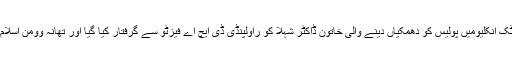
اسلام آباد میں ڈپلومیٹک انکلیومیں پولیس کو دھمکیاں دینے والی خاتون ڈاکٹر شہلا کو راولپنڈی ڈی ایچ اے فیزٹو سے گرفتار کیا گیا اور تھانہ وومن اسلام آباد منتقل کردیا گیا۔